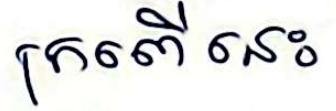
ក្រពើ នេះ